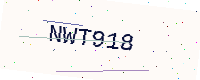
Text: NWT918